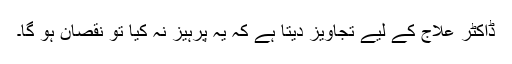
ڈاکٹر علاج کے لیے تجاویز دیتا ہے کہ یہ پرہیز نہ کیا تو نقصان ہو گا۔